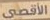
الأقصى